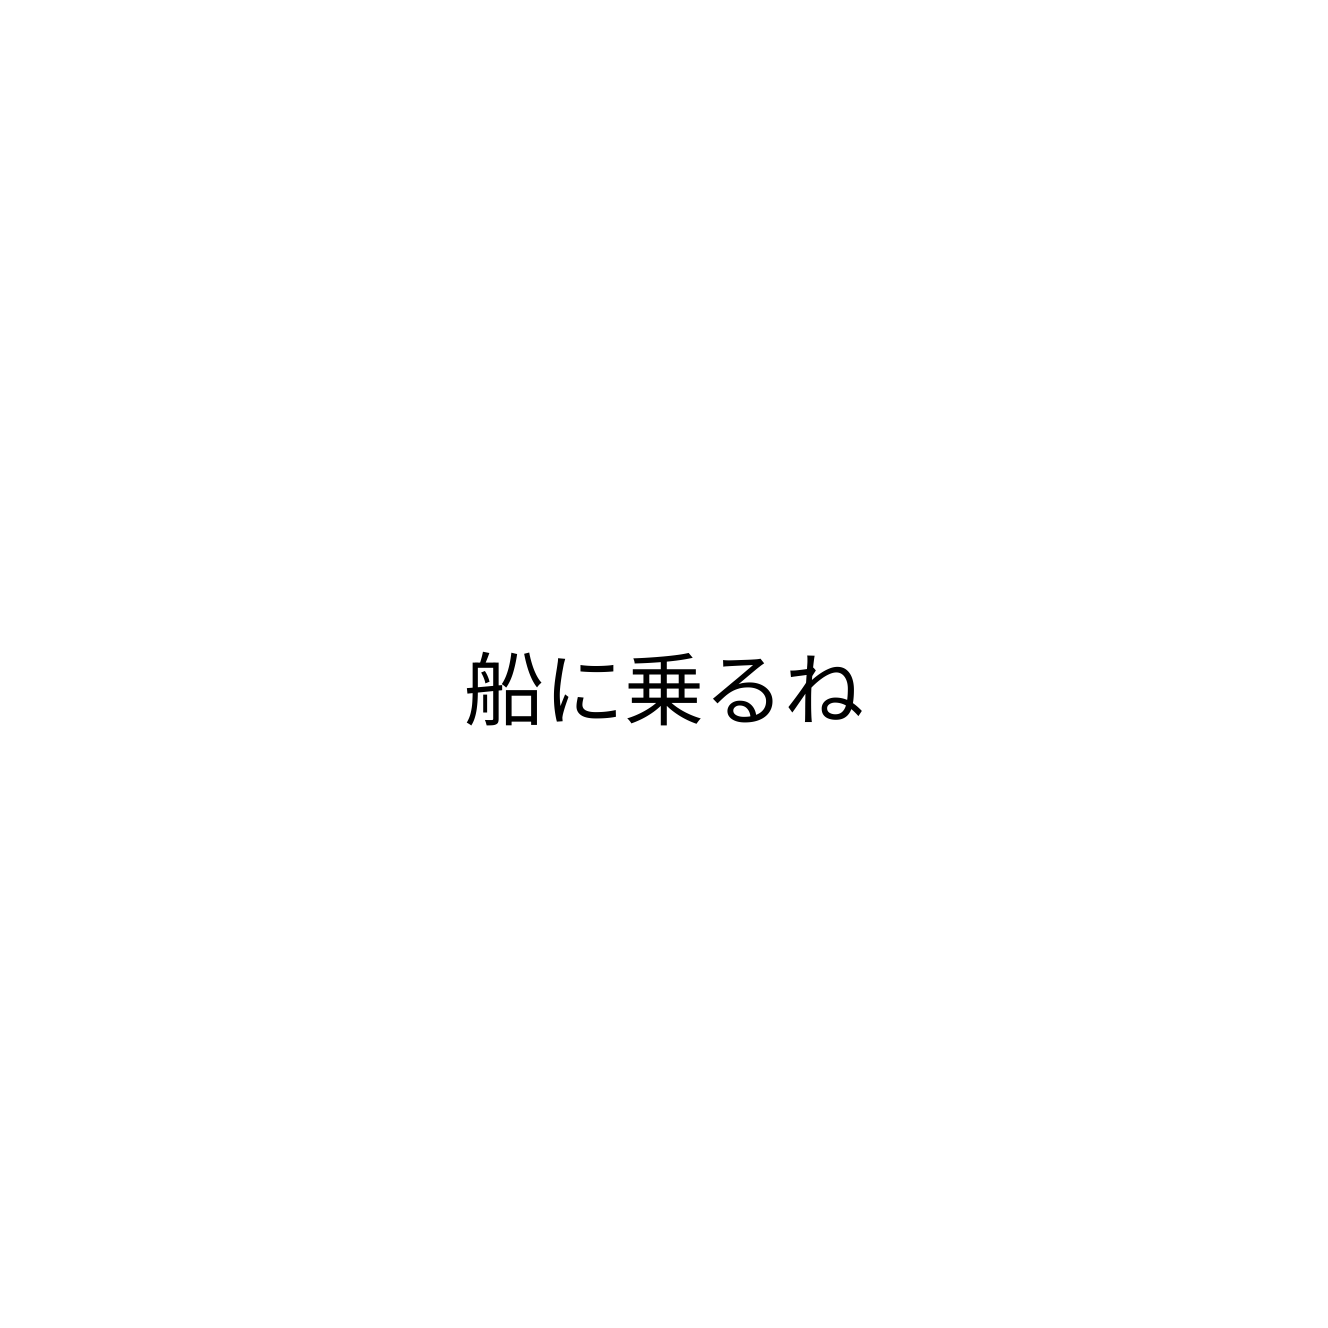
船に乗るね